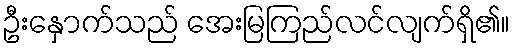
ဦးနှောက်သည် အေးမြကြည်လင်လျက်ရှိ၏။